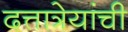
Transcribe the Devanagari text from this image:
दत्तात्रेयांची